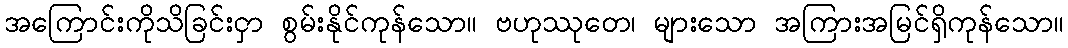
အကြောင်းကိုသိခြင်းငှာ စွမ်းနိုင်ကုန်သော။ ဗဟုဿုတေ၊ များသော အကြားအမြင်ရှိကုန်သော။